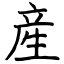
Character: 産